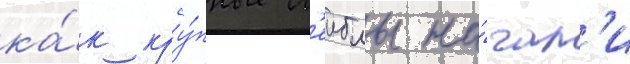
ка́к кру́пные л'еиблы на́чал'и